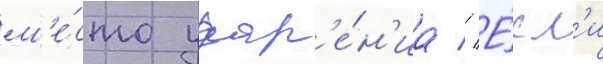
м'е́сто удар'е́н'иа // Е́сл'и